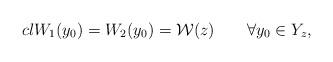
LaTeX: \begin{align*}cl W_1(y_0)= W_2(y_0)= \mathcal{W}(z) \ \ \ \ \ \ \forall y_0\in Y_z,\end{align*}